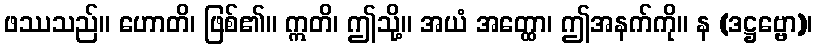
ဖဿသည်။ ဟောတိ၊ ဖြစ်၏။ ဣတိ၊ ဤသို့။ အယံ အတ္ထော၊ ဤအနက်ကို။ န (ဒဋ္ဌဗ္ဗော)၊